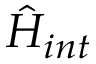
\hat { H } _ { i n t }